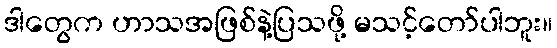
ဒါတွေက ဟာသအဖြစ်နဲ့ပြသဖို့ မသင့်တော်ပါဘူး။